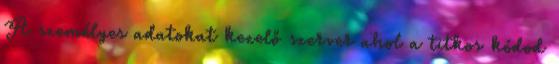
A személyes adatokat kezelő szerver ahol a titkos kódod